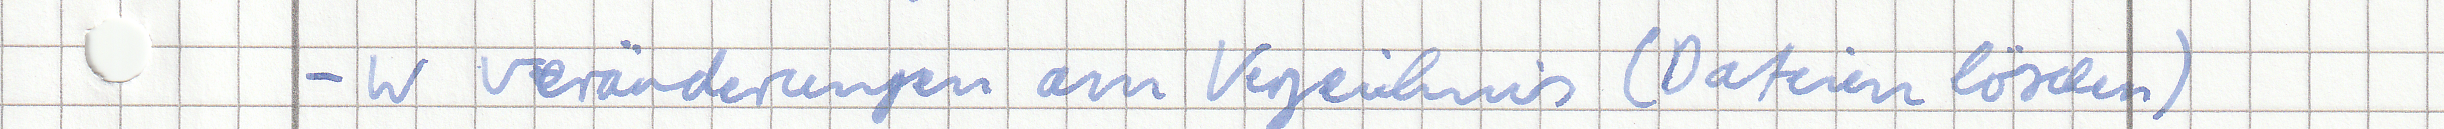
- w veränderungen am Verzeichnis (Dateien löschen)